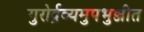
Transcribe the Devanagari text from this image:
गुरोर्द्रव्यमुपभुञ्जीत